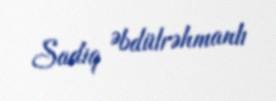
Sadiq Əbdülrəhmanlı